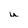
Character: u